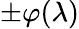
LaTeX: \pm\varphi(\lambda)